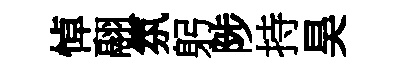
悼翮氛躬陟持昊